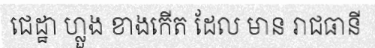
ជេដ្ឋា ហ្លួង ខាងកើត ដែល មាន រាជធានី